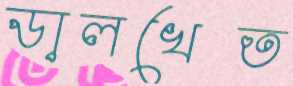
ডালখেত